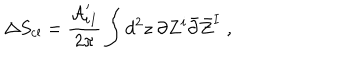
\Delta S _ { \mathrm { c l } } = { \frac { { \cal A } _ { i I } ^ { \prime } } { 2 \pi } } \int d ^ { 2 } z ~ \partial Z ^ { i } \bar { \partial } \bar { Z } ^ { I } \; ,